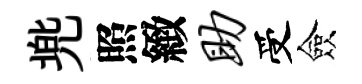
兠照緻助受僉